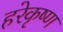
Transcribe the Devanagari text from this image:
हरेकृष्‍ण